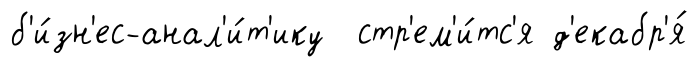
б'и́зн'ес-анал'и́т'ику стр'ем'и́тс'я д'екабр'я́